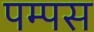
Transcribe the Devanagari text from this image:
पम्पस